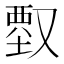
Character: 𠭱